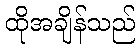
ထိုအချိန်သည်